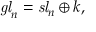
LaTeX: { \mathit { g l } } _ { n } = { \mathit { s l } } _ { n } \oplus k ,